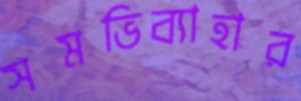
সমভিব্যাহার